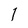
Character: 1